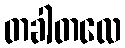
တခါတလေ